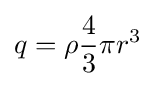
q=\rho {\frac {4}{3}}\pi r^{3}